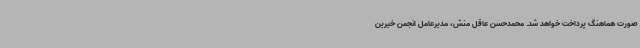
صورت هماهنگ پرداخت خواهد شد. محمدحسن عاقل منش، مدیرعامل انجمن خیرین